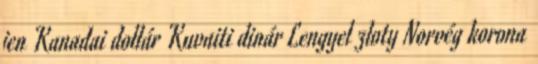
jen Kanadai dollár Kuvaiti dinár Lengyel zloty Norvég korona